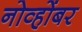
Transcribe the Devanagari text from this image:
नोव्होंबर